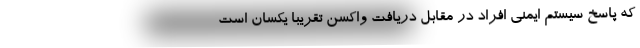
که پاسخ سیستم ایمنی افراد در مقابل دریافت واکسن تقریباً یکسان است